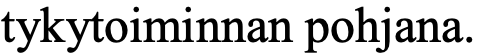
tykytoiminnan pohjana.